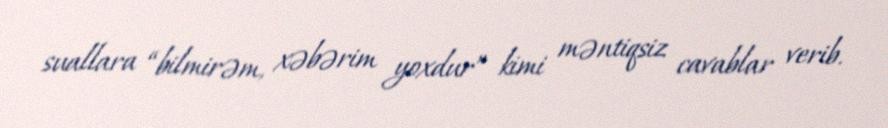
suallara “bilmirəm, xəbərim yoxdur” kimi məntiqsiz cavablar verib.